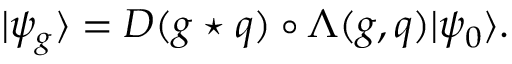
| \psi _ { g } \rangle = D ( g \star q ) \circ \Lambda ( g , q ) | \psi _ { 0 } \rangle .